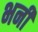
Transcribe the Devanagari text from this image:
भनी